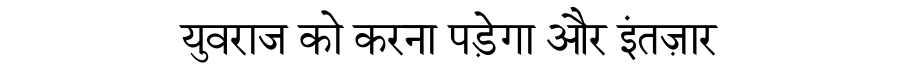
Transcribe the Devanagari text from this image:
युवराज को करना पड़ेगा और इंतज़ार